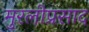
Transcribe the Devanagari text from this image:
मुरलीप्रसाद